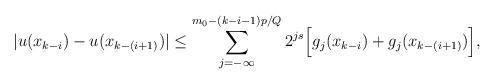
LaTeX: \begin{align*}\vert u(x_{k-i})-u(x_{k-(i+1)})\vert\leq \sum_{j=-\infty}^{m_0-(k-i-1)p/Q}2^{js}\Big[g_j(x_{k-i})+g_j(x_{k-(i+1)})\Big],\end{align*}